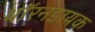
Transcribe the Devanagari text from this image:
थॉरनडायक